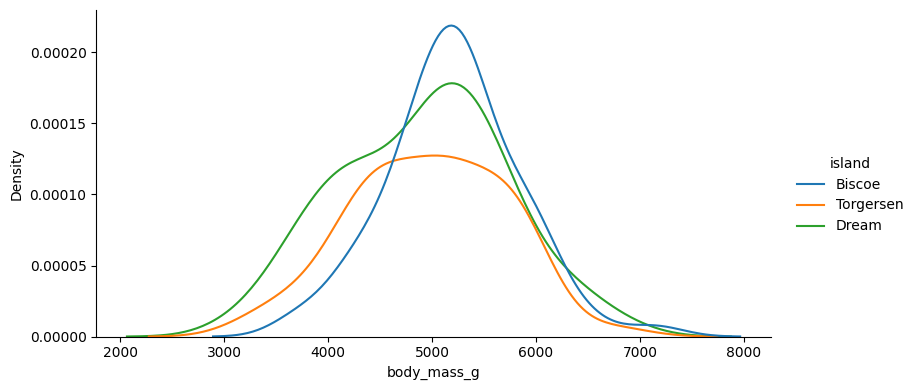
python, seaborn, displot, kind='kde', column='body_mass_g', hue='island', height=4, aspect=2.0